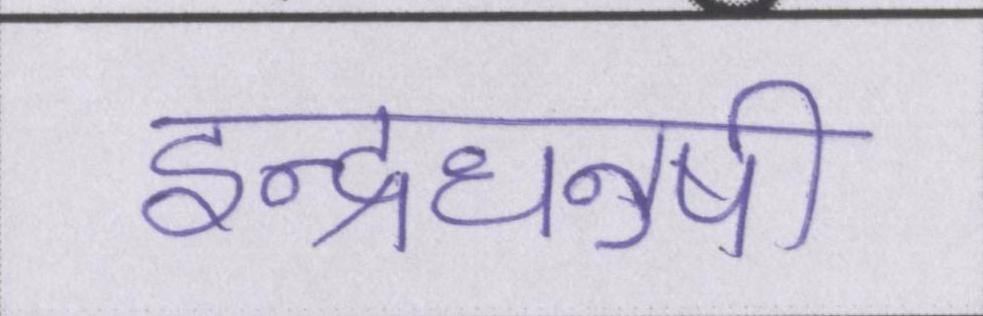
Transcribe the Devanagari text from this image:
इन्द्रधनुषी